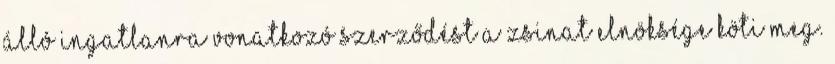
álló ingatlanra vonatkozó szerződést a Zsinat elnöksége köti meg.